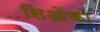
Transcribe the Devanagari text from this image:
सिओंको